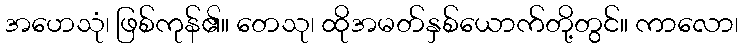
အဟေသုံ၊ ဖြစ်ကုန်၏။ တေသု၊ ထိုအမတ်နှစ်ယောက်တို့တွင်။ ကာလော၊